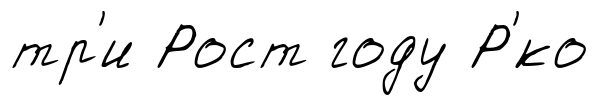
тр'и Рост году Р'́ко